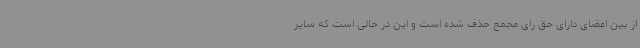
از بین اعضای دارای حق رای مجمع حذف شده است و این در حالی است که سایر